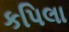
કપિલા